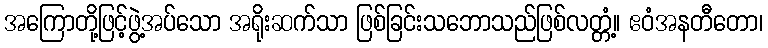
အကြောတို့ဖြင့်ဖွဲ့အပ်သော အရိုးဆက်သာ ဖြစ်ခြင်းသဘောသည်ဖြစ်လတ္တံ့။ ဧဝံအနတီတော၊